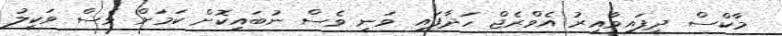
މާކްސް ދީފައިވާއިރު އެވްރެޖް ހަދާފައި ވަނީ ވެސް ނުބައިކޮށް ކަމަށް ވެސް ވަކީލު